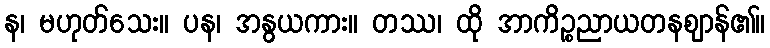
န၊ မဟုတ်သေး။ ပန၊ အနွယကား။ တဿ၊ ထို အာကိဉ္စညာယတနဈာန်၏။